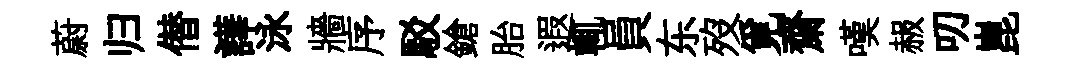
蔚归僣譁泳牆序駁鎗胎遐輒員东歿覓齋嘆赧叨崑